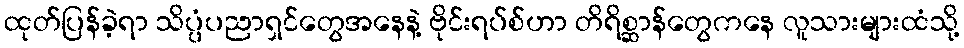
ထုတ်ပြန်ခဲ့ရာ သိပ္ပံပညာရှင်တွေအနေနဲ့ ဗိုင်းရပ်စ်ဟာ တိရိစ္ဆာန်တွေကနေ လူသားများထံသို့